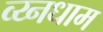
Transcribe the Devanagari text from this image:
व्य्नधाम